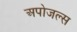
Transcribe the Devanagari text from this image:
अपोजल्स